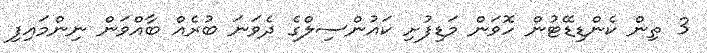
3 ތިން ކެންޑިޑޭޓުން ހޮވަން މަޑިފުށި ކައުންސިލްގެ ދެވަނަ ބުރެއް ބާއްވަން ނިންމައިފި